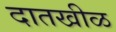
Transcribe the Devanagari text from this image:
दातखीळ